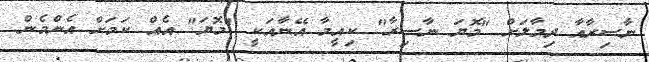
ނާސިރާއާ ދިމާލަށް "މޮޔަ ނާސިރާ" ކިއީމާ އޭނާއަކީ "މޮޔަ" އެއް ކަމަށް އެންމެން